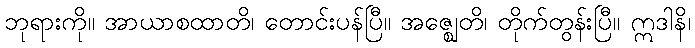
ဘုရားကို။ အာယာစထာတိ၊ တောင်းပန်ပြီ။ အဇ္ဈေတိ၊ တိုက်တွန်းပြီ။ ဣဒါနိ၊